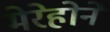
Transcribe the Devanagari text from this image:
मेरेहोने